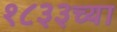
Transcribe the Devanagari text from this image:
१८३३च्या